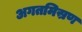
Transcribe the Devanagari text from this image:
अगतमिस्रण